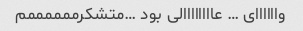
واااااای … عاااااااالی بود …متشکرممممممم